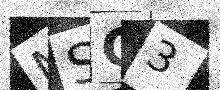
Text: MSG3